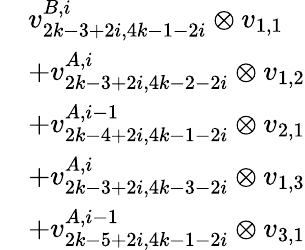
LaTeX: \begin{array}{rl}&{v_{2k-3+2i,4k-1-2i}^{B,i}\otimes v_{1,1}}\\ &{+v_{2k-3+2i,4k-2-2i}^{A,i}\otimes v_{1,2}}\\ &{+v_{2k-4+2i,4k-1-2i}^{A,i-1}\otimes v_{2,1}}\\ &{+v_{2k-3+2i,4k-3-2i}^{A,i}\otimes v_{1,3}}\\ &{+v_{2k-5+2i,4k-1-2i}^{A,i-1}\otimes v_{3,1}}\end{array}